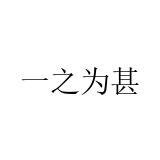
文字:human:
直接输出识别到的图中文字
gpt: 一之为甚